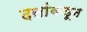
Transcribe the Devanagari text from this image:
दलांकडून